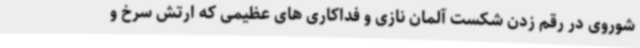
شوروی در رقم زدن شکست آلمان نازی و فداکاری های عظیمی که ارتش سرخ و